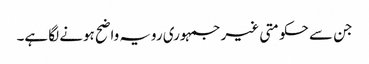
جن سے حکومتی غیر جمہوری رویہ واضح ہونے لگا ہے۔